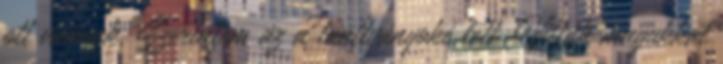
ott vannak. Szerintem az a tanítványoké lett. Vitták magukkal